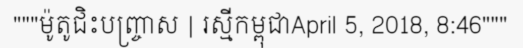
"""ម៉ូតូជិះបញ្ច្រាស | រស្មីកម្ពុជាApril 5, 2018, 8:46"""